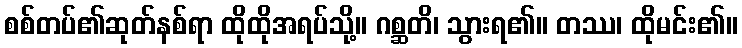
စစ်တပ်၏ဆုတ်နစ်ရာ ထိုထိုအရပ်သို့။ ဂစ္ဆတိ၊ သွားရ၏။ တဿ၊ ထိုမင်း၏။